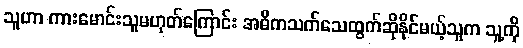
သူဟာ ကားမောင်းသူမဟုတ်ကြောင်း အဓိကသက်သေထွက်ဆိုနိုင်မယ့်သူက သူ့ကို